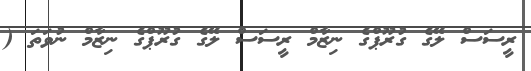
ރީސަސް ލޭގެ ގުރޫޕްގެ ނިޒާމް ރީސަސް ލޭގެ ގުރޫޕްގެ ނިޒާމް ނުވަތަ (